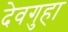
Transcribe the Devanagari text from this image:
देवगुहा